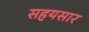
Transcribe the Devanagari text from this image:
सहयसार